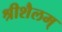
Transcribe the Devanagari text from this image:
श्रीशैलम्